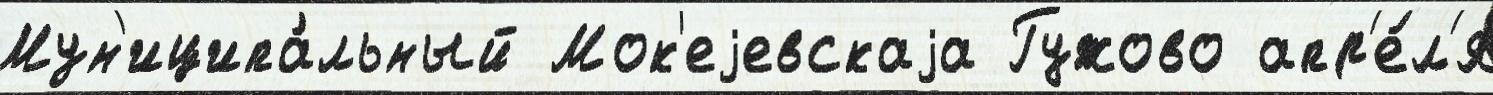
Мун'иципа́льный Мок'еjевскаjа Гужово апр'е́л'я